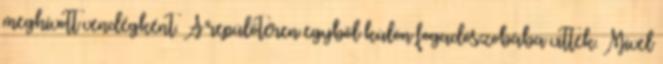
meghívott vendégként. A repülőtéren egyből külön fogadószobába vitték. Mivel